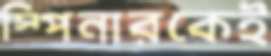
স্পিনারকেই